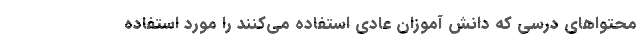
محتواهای درسی که دانش آموزان عادی استفاده می‌کنند را مورد استفاده